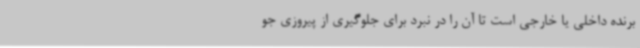
برنده داخلی یا خارجی است تا آن را در نبرد برای جلوگیری از پیروزی جو